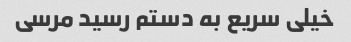
خیلی سریع به دستم رسید مرسی